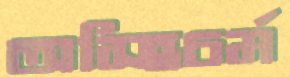
অস্হিচর্ম